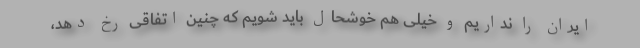
ایران را نداریم و خیلی هم خوشحال باید شویم که چنین اتفاقی رخ دهد،